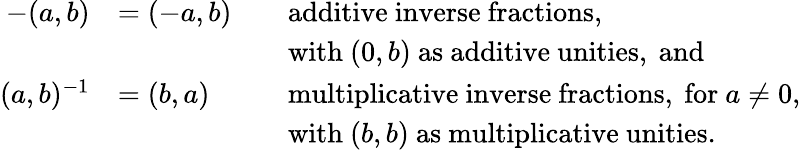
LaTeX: {\begin{array}{rlrl}{-(a,b)}&{=(-a,b)}&&{{\mathrm{additive~inverse~fractions,}}}\\ &{}&&{{\mathrm{with~}}(0,b){\mathrm{~as~additive~unities,~and}}}\\ {(a,b)^{-1}}&{=(b,a)}&&{{\mathrm{multiplicative~inverse~fractions,~for~}}a\neq 0,}\\ &{}&&{{\mathrm{with~}}(b,b){\mathrm{~as~multiplicative~unities}}.}\end{array}}